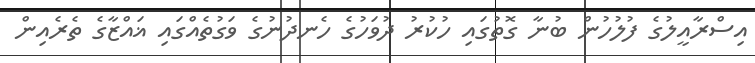
އިސްރާއީލުގެ ފުލުހުން ބުނާ ގޮތުގައި ހުކުރު ދުވަހުގެ ހެނދުނުގެ ވަގުތެއްގައި ޣައްޒާގެ ތެރެއިން